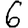
Digit: 6